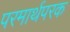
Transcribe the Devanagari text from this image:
परमार्थपरक